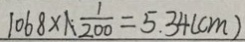
1 0 6 8 \times \frac { 1 } { 2 0 0 } = 5 . 3 4 ( c m )